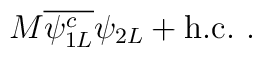
M {\overline{\psi_{1L}^c}}\psi_{2L} + \mbox{h.c.}~.